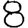
Digit: 8